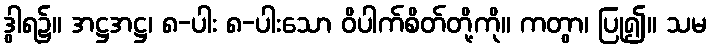
ဒွါရ၌။ အဋ္ဌအဋ္ဌ၊ ၈-ပါး ၈-ပါးသော ဝိပါက်စိတ်တို့ကို။ ကတွာ၊ ပြု၍။ သမ